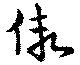
仮